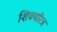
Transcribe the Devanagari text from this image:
शिवचरित्र